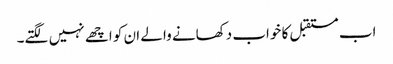
اب مستقبل کا خواب دکھانے والے ان کو اچھے نہیں لگتے۔